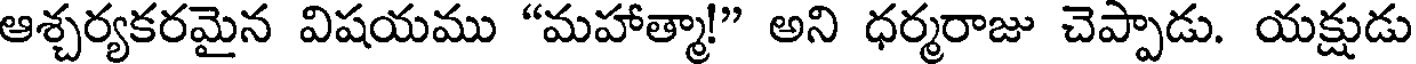
ఆశ్చర్యకరమైన విషయము "మహాత్మా!" అని ధర్మరాజు చెప్పాడు. యక్షుడు